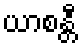
ယာစန္တီ